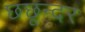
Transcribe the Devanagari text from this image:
छछून्दर